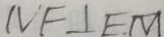
N F \bot E M